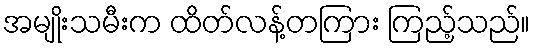
အမျိုးသမီးက ထိတ်လန့်တကြား ကြည့်သည်။